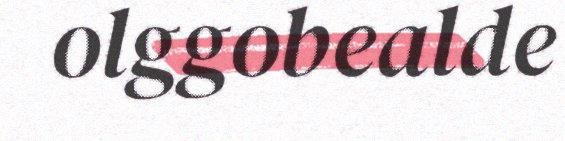
olggobealde